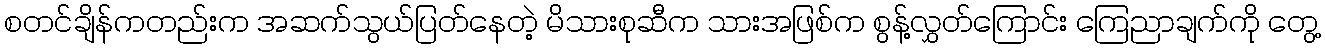
စတင်ချိန်ကတည်းက အဆက်သွယ်ပြတ်နေတဲ့ မိသားစုဆီက သားအဖြစ်က စွန့်လွှတ်ကြောင်း ကြေညာချက်ကို တွေ့